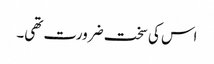
اس کی سخت ضرورت تھی۔